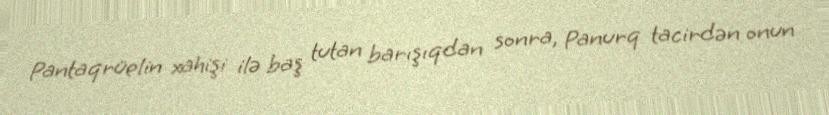
Pantaqrüelin xahişi ilə baş tutan barışıqdan sonra, Panurq tacirdən onun